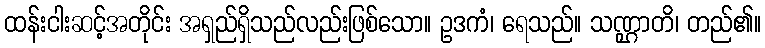
ထန်းငါးဆင့်အတိုင်း အရှည်ရှိသည်လည်းဖြစ်သော။ ဥဒကံ၊ ရေသည်။ သဏ္ဌာတိ၊ တည်၏။